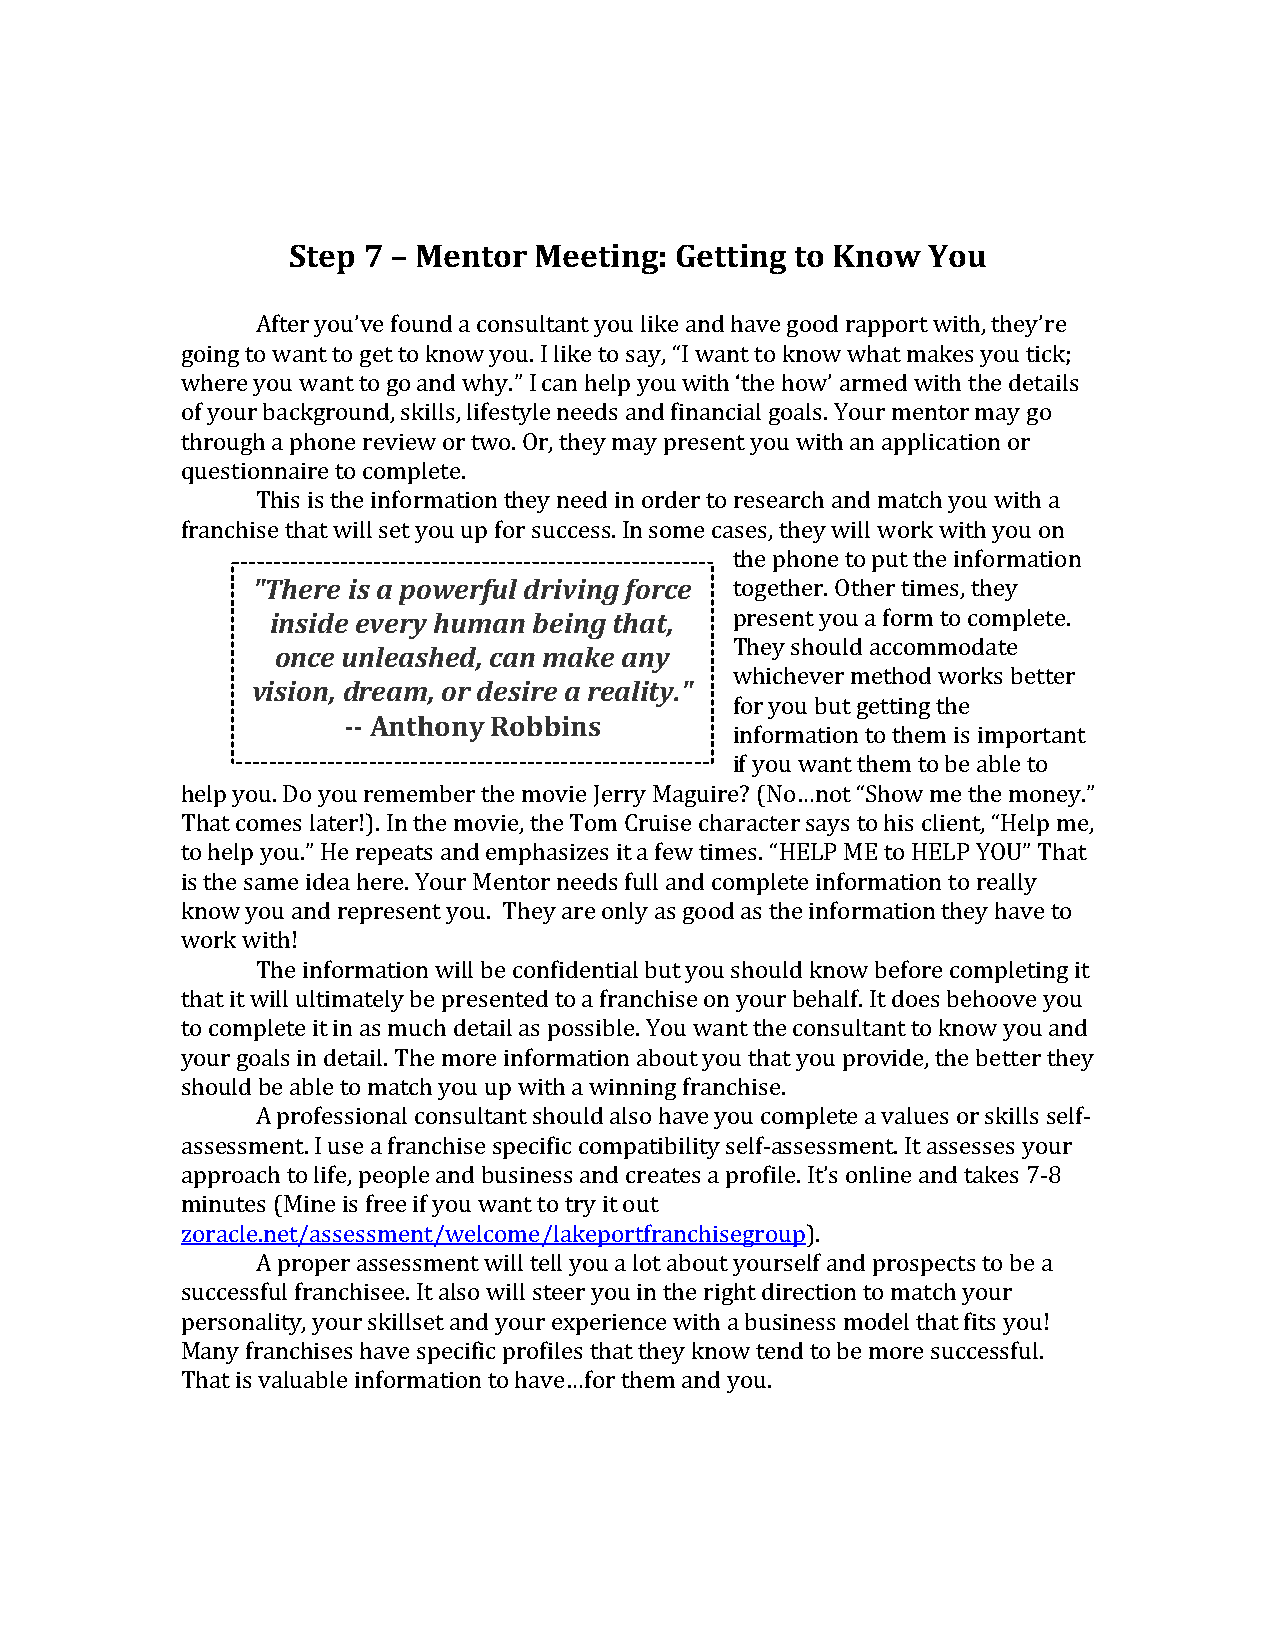
Step 7 – Mentor Meeting:  Getting to Know You
 After you’ve found a consultant you like and have good rapport with, they’re
 going to want to get to know you. I like to say, “I want to know what makes you tick;
 where you want to go and why.” I can help you with ‘the how’ armed with the details
 of your background, skills, lifestyle needs and financial goals. Your mentor may go
 through a phone review or two. Or, they may present you with an application or
 questionnaire to complete.
 This is the information they need in order to research and match you with a
 franchise that will set you up for success. In some cases, they will work with you on
 the phone to put the information
 "There is a powerful driving force together. Other times, they
 inside every human being that, present you a form to complete.
 They should accommodate
 once unleashed, can make any
 whichever method works better
 vision, dream, or desire a reality."
 for you but getting the
 -- Anthony Robbins
 information to them is important
 if you want them to be able to
 help you. Do you remember the movie Jerry Maguire? (No…not “Show me the money.”
 That comes later!). In the movie, the Tom Cruise character says to his client, “Help me,
 to help you.” He repeats and emphasizes it a few times. “HELP ME to HELP YOU” That
 is the same idea here. Your Mentor needs full and complete information to really
 know you and represent you. They are only as good as the information they have to
 work with!
 The information will be confidential but you should know before completing it
 that it will ultimately be presented to a franchise on your behalf. It does behoove you
 to complete it in as much detail as possible. You want the consultant to know you and
 your goals in detail. The more information about you that you provide, the better they
 should be able to match you up with a winning franchise.
 A professional consultant should also have you complete a values or skills self-
 assessment. I use a franchise specific compatibility self-assessment. It assesses your
 approach to life, people and business and creates a profile. It’s online and takes 7-8
 minutes (Mine is free if you want to try it out
 zoracle.net/assessment/welcome/lakeportfranchisegroup).
 A proper assessment will tell you a lot about yourself and prospects to be a
 successful franchisee. It also will steer you in the right direction to match your
 personality, your skillset and your experience with a business model that fits you!
 Many franchises have specific profiles that they know tend to be more successful.
 That is valuable information to have…for them and you.